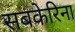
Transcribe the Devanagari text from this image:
सबकेरिना